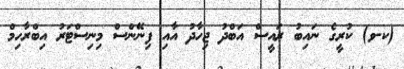
(ކ-ވ) ކުރީގެ ނައިބު ރައީސް އަބްދު ޖިހާދު އާއި ފިނޭންސް މިނިސްޓަރު އިބްރާހިމް